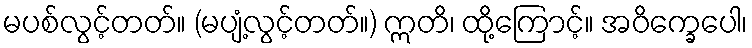
မပစ်လွင့်တတ်။ (မပျံ့လွင့်တတ်။) ဣတိ၊ ထို့ကြောင့်။ အဝိက္ခေပေါ၊